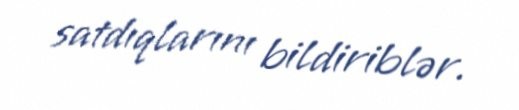
satdıqlarını bildiriblər.